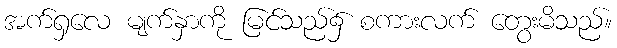
အက်ရှလေ မျက်နှာကို မြင်သည်၌ စကားလက် တွေးမိသည်။